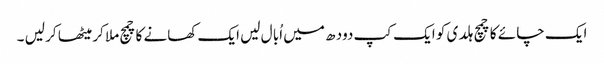
ایک چا ئے کا چمچ ہلد ی کو ایک کپ دود ھ میں اُبا ل لیں ایک کھانے کا چمچ ملا کر میٹھا کر لیں ۔